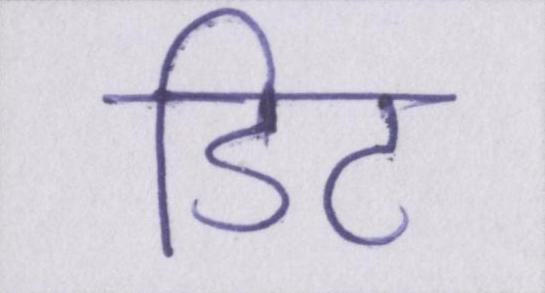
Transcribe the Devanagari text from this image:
डिट